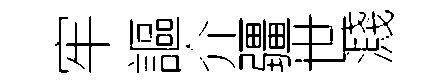
牢謳介疆世濺